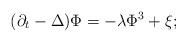
LaTeX: \begin{align*}(\partial_t - \Delta)\Phi = -\lambda \Phi^3 + \xi;\end{align*}